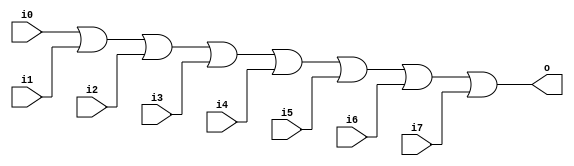
`timescale 1ns / 1ps
//////////////////////////////////////////////////////////////////////////////////
// Company: 
// Engineer: 
// 
// Design Name: 
// Module Name: or_8in
// Project Name: 
// Target Devices: 
// Tool Versions: 
// Description: 
// 
// Dependencies: 
// 
// Revision:
// Revision 0.01 - File Created
// Additional Comments:
// 
//////////////////////////////////////////////////////////////////////////////////


module or_8in (i0, i1, i2, i3, i4, i5, i6, i7, o);
    input   wire    i0, i1, i2, i3, i4, i5, i6, i7;  
    output  wire    o;
    
    assign  o = i0 | i1 | i2 | i3 | i4 | i5 | i6 | i7;
endmodule